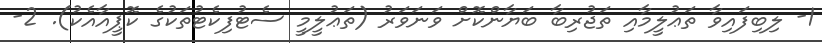
1- ލިބިފައިވާ ތަޢުލީމާއި ތަޖުރިބާ ބަޔާންކޮށް ވަނަވަރު (ތަޢުލީމީ ސެޓުފިކެޓުތަކުގެ ކޮޕީއާއެކު). 2-